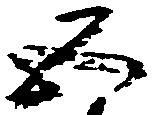
五